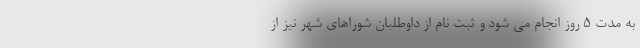
به مدت ۵ روز انجام می شود و ثبت نام از داوطلبان شوراهای شهر نیز از